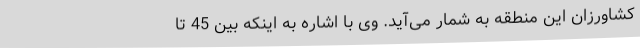
کشاورزان این منطقه به شمار می‌آید. وی با اشاره به اینکه بین 45 تا